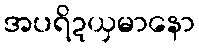
အပရိဍယှမာနော